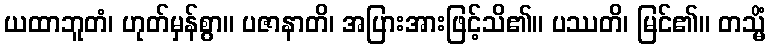
ယထာဘူတံ၊ ဟုတ်မှန်စွာ။ ပဇာနာတိ၊ အပြားအားဖြင့်သိ၏။ ပဿတိ၊ မြင်၏။ တသ္မိံ